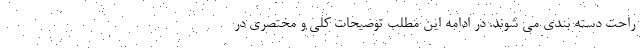
راحت دسته بندی می شوند. در ادامه این مطلب توضیحات کلی و مختصری در